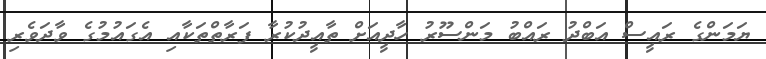
ޔަމަންގެ ރައީސް އަބްދު ރައްބު މަންސޫރު ހާދީއަށް ތާއީދުކުރާ ފަރާތްތަކާއި އެގައުމުގެ ވާދަވެރި